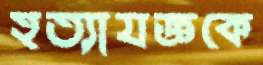
হত্যাযজ্ঞকে